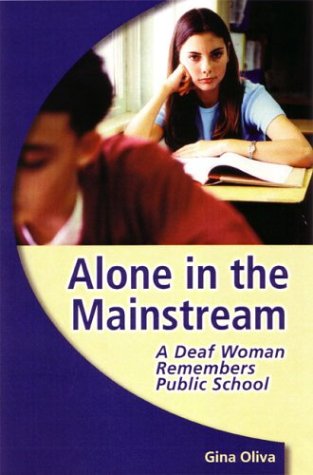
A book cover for Alone in the Mainstream: A Deaf Woman Remembers Public School (Deaf Lives); Gina A. Oliva; Politics & Social Sciences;